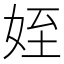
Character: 姪